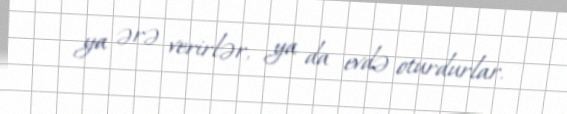
ya ərə verirlər, ya da evdə oturdurlar.